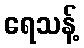
ရေသန့်